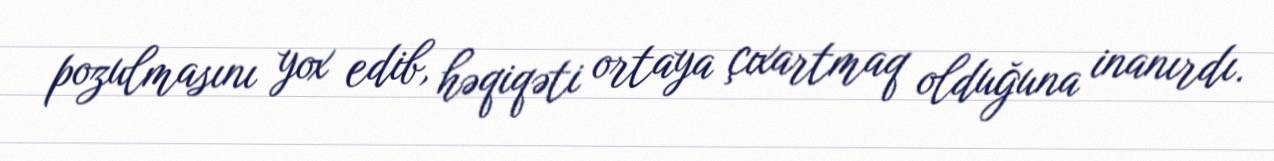
pozulmasını yox edib, həqiqəti ortaya çıxartmaq olduğuna inanırdı.